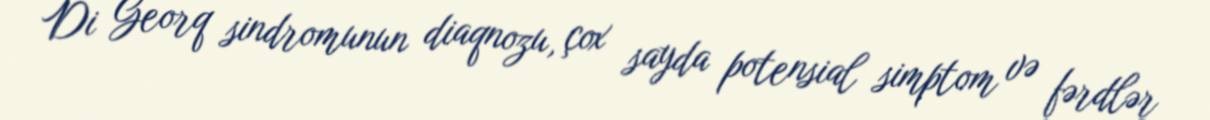
Di Georq sindromunun diaqnozu, çox sayda potensial simptom və fərdlər